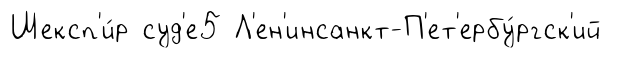
Шексп'и́р суд'е5 Л'ен'инсанкт-П'ет'ербу́ргск'ий